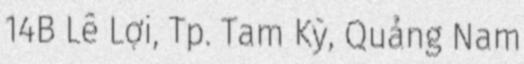
14B Lê Lợi, Tp. Tam Kỳ, Quảng Nam